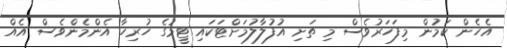
އެހެން ކަމުން މިފަހަރުވެސް މި ތަށި އުފުލާލުމަށްޓަކައި ޓީމުގެ ހުރިހާ އެންމެންވެސް އެއް